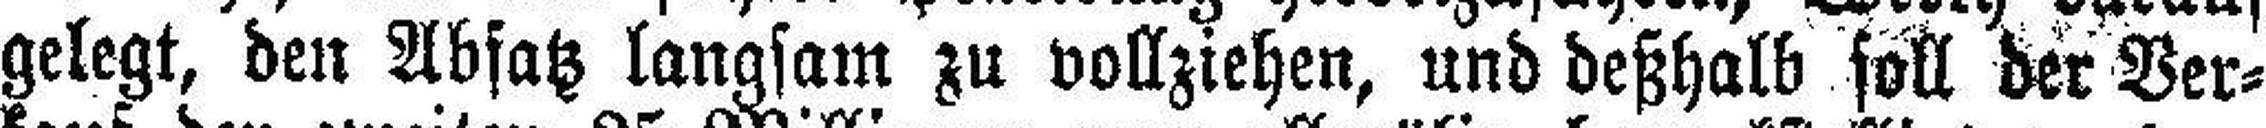
gelegt, den Absatz langsam zu vollziehen, und deßhalb soll der Ver¬